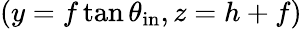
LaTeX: (y=f\tan{\theta_{\mathrm{in}}},z=h+f)